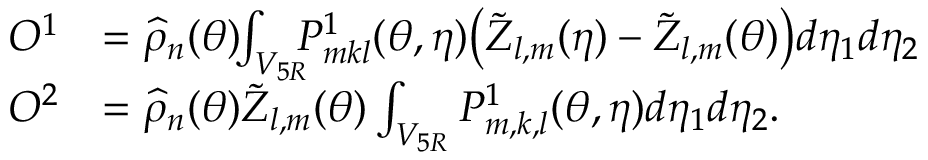
\begin{array} { r l } { O ^ { 1 } } & { = \widehat { \rho } _ { n } ( { \boldsymbol { \theta } } ) \! \! \int _ { V _ { 5 R } } \! \! \! P _ { m k l } ^ { 1 } ( { \boldsymbol { \theta } } , { \boldsymbol { \eta } } ) \big ( \tilde { Z } _ { l , m } ( { \boldsymbol { \eta } } ) - \tilde { Z } _ { l , m } ( { \boldsymbol { \theta } } ) \big ) d \eta _ { 1 } d \eta _ { 2 } } \\ { O ^ { 2 } } & { = \widehat { \rho } _ { n } ( { \boldsymbol { \theta } } ) \tilde { Z } _ { l , m } ( { \boldsymbol { \theta } } ) \int _ { V _ { 5 R } } P _ { m , k , l } ^ { 1 } ( { \boldsymbol { \theta } } , { \boldsymbol { \eta } } ) d \eta _ { 1 } d \eta _ { 2 } . } \end{array}